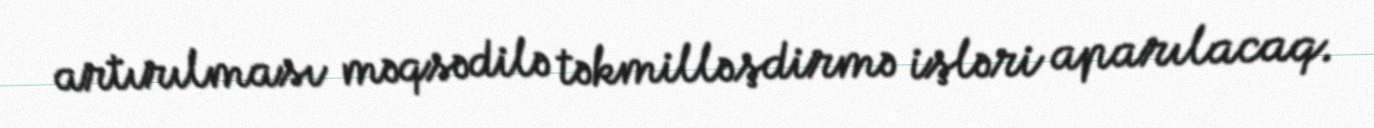
artırılması məqsədilə təkmilləşdirmə işləri aparılacaq.